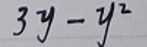
\[3y - y^{2}\]